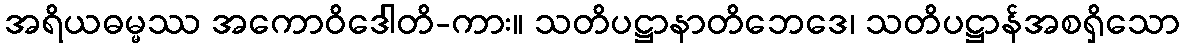
အရိယဓမ္မဿ အကောဝိဒေါတိ-ကား။ သတိပဋ္ဌာနာတိဘေဒေ၊ သတိပဋ္ဌာန်အစရှိသော